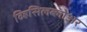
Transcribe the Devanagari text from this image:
व्हिसिलब्लोअर